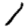
Digit: 1